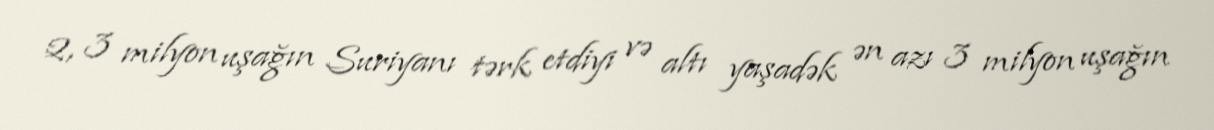
2, 3 milyon uşağın Suriyanı tərk etdiyi və altı yaşadək ən azı 3 milyon uşağın